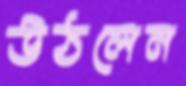
উঠলেন